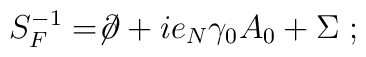
S_F^{-1} = \not \!\partial + i e_N \gamma_0 A_0 + \Sigma \;;